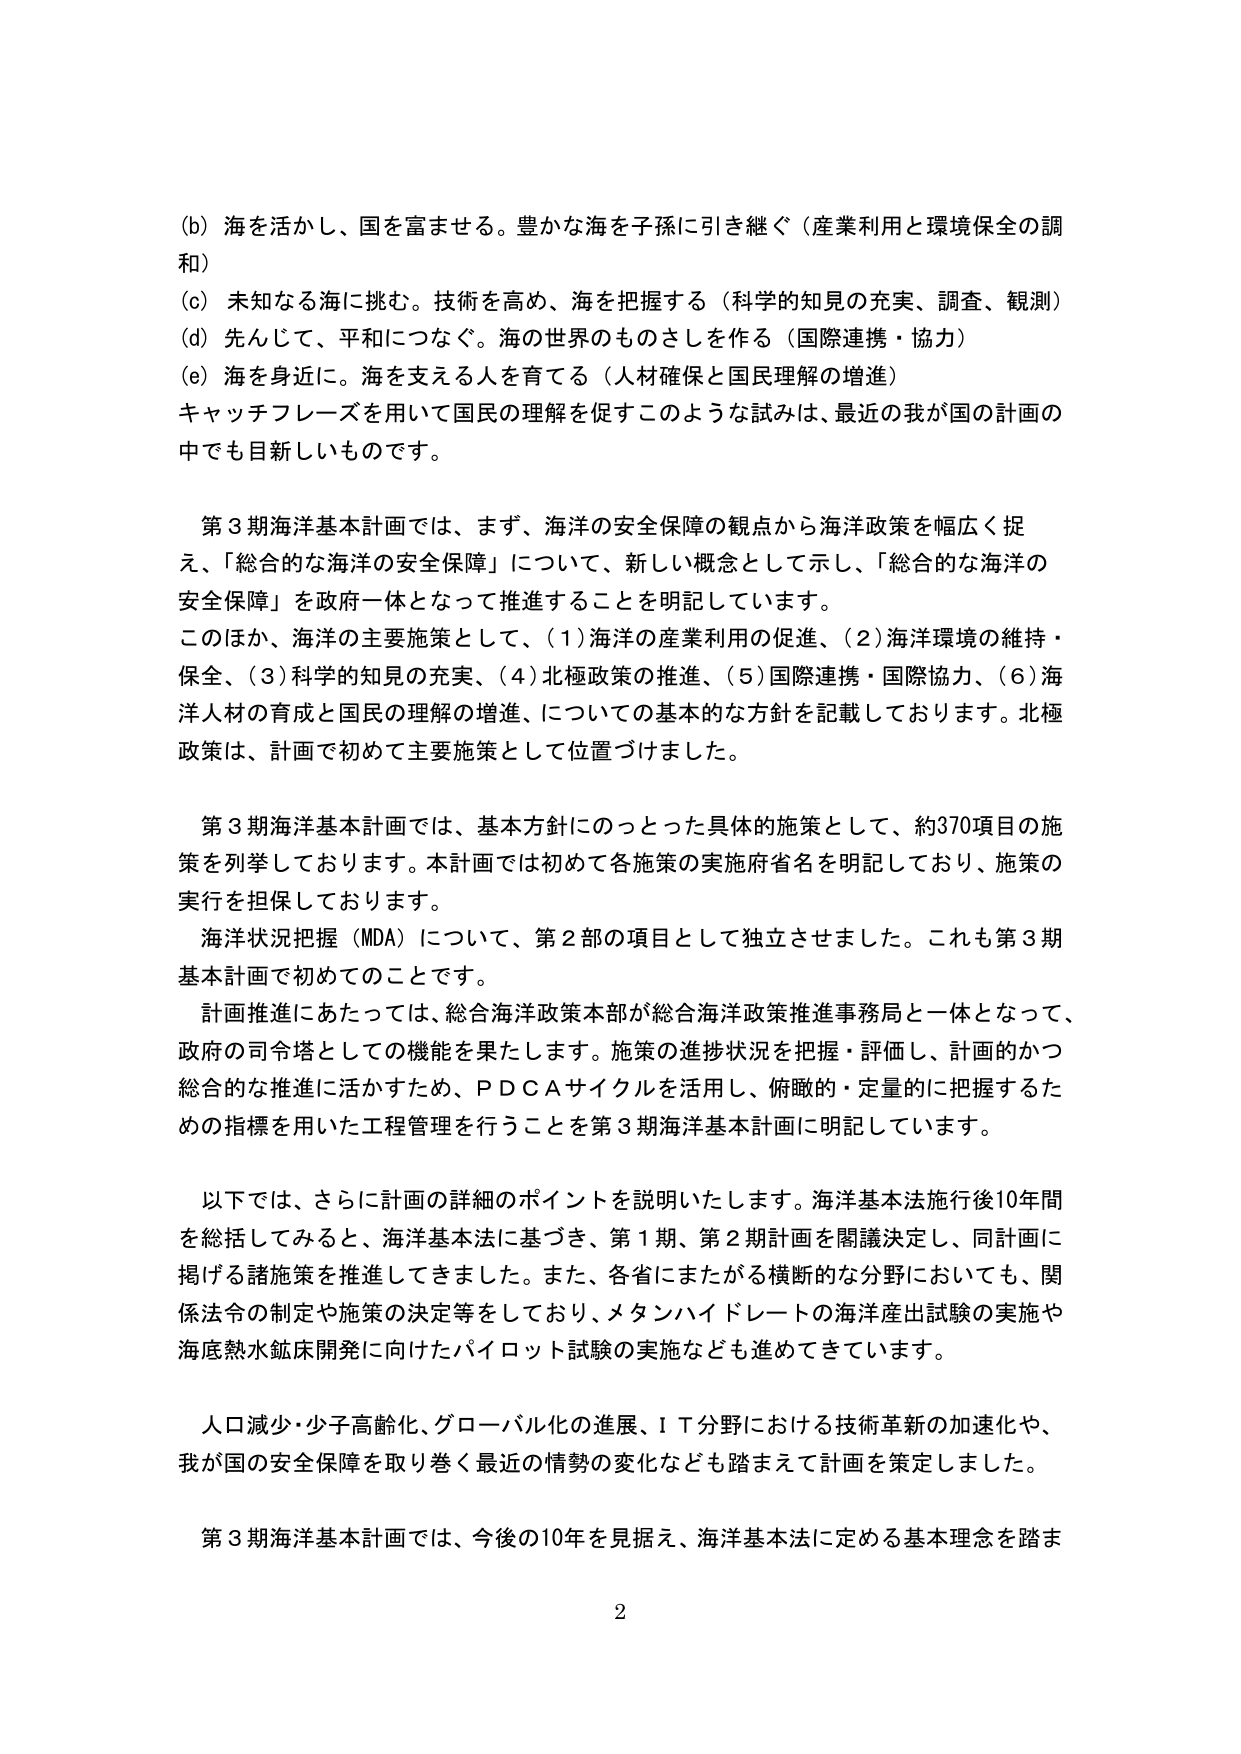
(b) 海を活かし、国を富ませる。豊かな海を子孫に引き継ぐ（産業利用と環境保全の調和）
(c) 未知なる海に挑む。技術を高め、海を把握する（科学的知見の充実、調査、観測）
(d) 先んじて、平和につなぐ。海の世界のも のさしを作る（国際連携・協力）
(e) 海を身近に。海を支える人を育てる（人材確保と国民理解の増進）
キャッチフレーズを用いて国民の理解を促すこのような試みは、最近の我が国の計画の中でも目新しいものです。

第3期海洋基本計画では、まず、海洋の安全保障の観点から海洋政策を幅広く捉え、「総合的な海洋の安全保障」について、新しい概念として示し、「総合的な海洋の安全保障」を政府一体となって推進することを明記しています。
このほか、海洋の主要施策として、(1)海洋の産業利用の促進、(2)海洋環境の維持・保全、(3)科学的知見の充実、(4)北極政策の推進、(5)国際連携・国際協力、(6)海洋人材の育成と国民の理解の増進、についての基本的な方針を記載しております。北極政策は、計画で初めて主要施策として位置づけました。

第3期海洋基本計画では、基本方針にのっとった具体的施策として、約370項目の施策を列挙しております。本計画では初めて各施策の実施府省名を明記しており、施策の実行を担保しております。
海洋状況把握（MDA）について、第2部の項目として独立させました。これも第3期基本計画で初めてのことです。
計画推進にあたっては、総合海洋政策本部が総合海洋政策推進事務局と一体となって、政府の司令塔としての機能を果たします。施策の進捗状況を把握・評価し、計画的かつ総合的な推進に活かすため、ＰＤＣＡサイクルを活用し、俯瞰的・定量的に把握するための指標を用いた工程管理を行うことを第3期海洋基本計画に明記しています。

以下では、さらに計画の詳細のポイントを説明いたします。海洋基本法施行後10年間を総括してみると、海洋基本法に基づき、第1期、第2期計画を閣議決定し、同計画に掲げる諸施策を推進してきました。また、各省にまたがる横断的な分野においても、関係法令の制定や施策の決定等をしており、メタンハイドレートの海洋産出試験の実施や海底熱水鉱床開発に向けたパイロット試験の実施なども進めてきています。

人口減少・少子高齢化、グローバル化の進展、ＩＴ分野における技術革新の加速化や、我が国の安全保障を取り巻く最近の情勢の変化なども踏まえて計画を策定しました。

第3期海洋基本計画では、今後の10年を見据え、海洋基本法に定める基本理念を踏ま

2